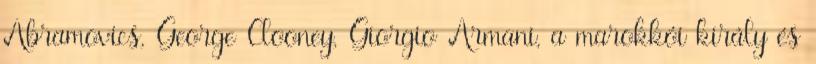
Abramovics, George Clooney, Giorgio Armani, a marokkói király és